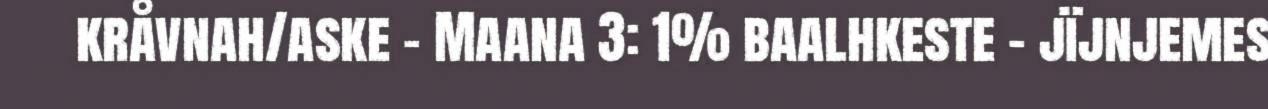
kråvnah/aske - Maana 3: 1% baalhkeste – jïjnjemes